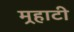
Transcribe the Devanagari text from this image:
मर्‍हाटी